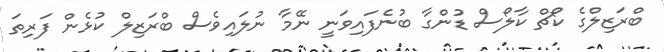
ބްރަޒިލްގެ ކޯޗް ކާލޯސް ޑުންގާ ބުނެފައިވަނީ ނޭމާ ނުލައިވެސް ބްރަޒިލް ކުޅެން ފަރިތަ